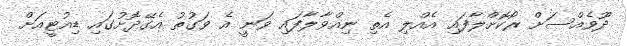
ދޫވެއްސަށް ރޯކޮށްލާފައި އެއްލި އެތި ނިއްވާލާފައި ވަނީ އެ ވަގުތު އެގޭދޮށުގައި ޑިއުޓީއަށް